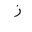
Letter: _zay